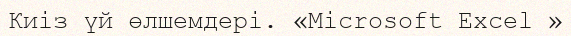
Киіз үй өлшемдері. «Microsoft Excel »